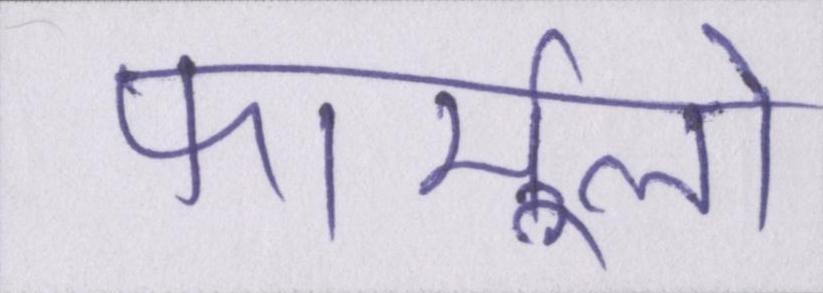
फार्मूलों